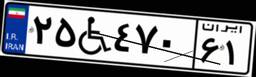
۲۵W۴۷۰۶۱